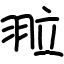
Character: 翋